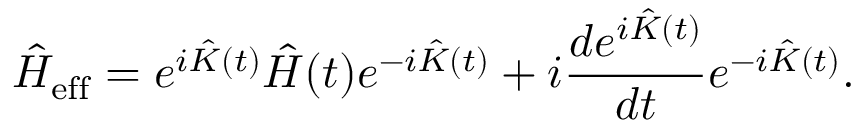
\hat { H } _ { \mathrm { e f f } } = e ^ { i \hat { K } ( t ) } \hat { H } ( t ) e ^ { - i \hat { K } ( t ) } + i \frac { d e ^ { i \hat { K } ( t ) } } { d t } e ^ { - i \hat { K } ( t ) } .